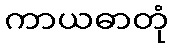
ကာယဓာတုံ